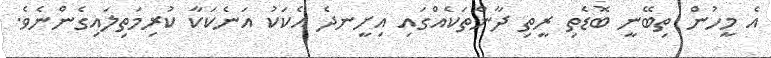
އެ މީހުން ތިބޭނީ ބޮޑެތި ރީތި ދާންތަކެއްގައި އިށީނދެ އެކަކު އަނެކަކާ ކުރިމަތިލައިގެންނެވެ.